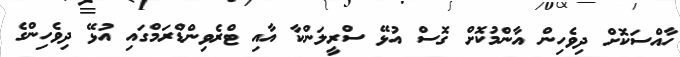
ހާއްސަކޮށް ދިވެހިން އާންމުކޮށް ގޮސް އުޅޭ ސްރީލަންކާ އާއި ޓްރެވިންޑްރަމްގައި އުޅޭ ދިވެހިންގެ